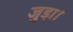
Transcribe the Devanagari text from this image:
जुडा़।